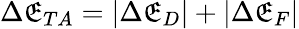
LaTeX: \Delta\mathfrak{E}_{TA}=|\Delta\mathfrak{E}_{D}|+|\Delta\mathfrak{E}_{F}|